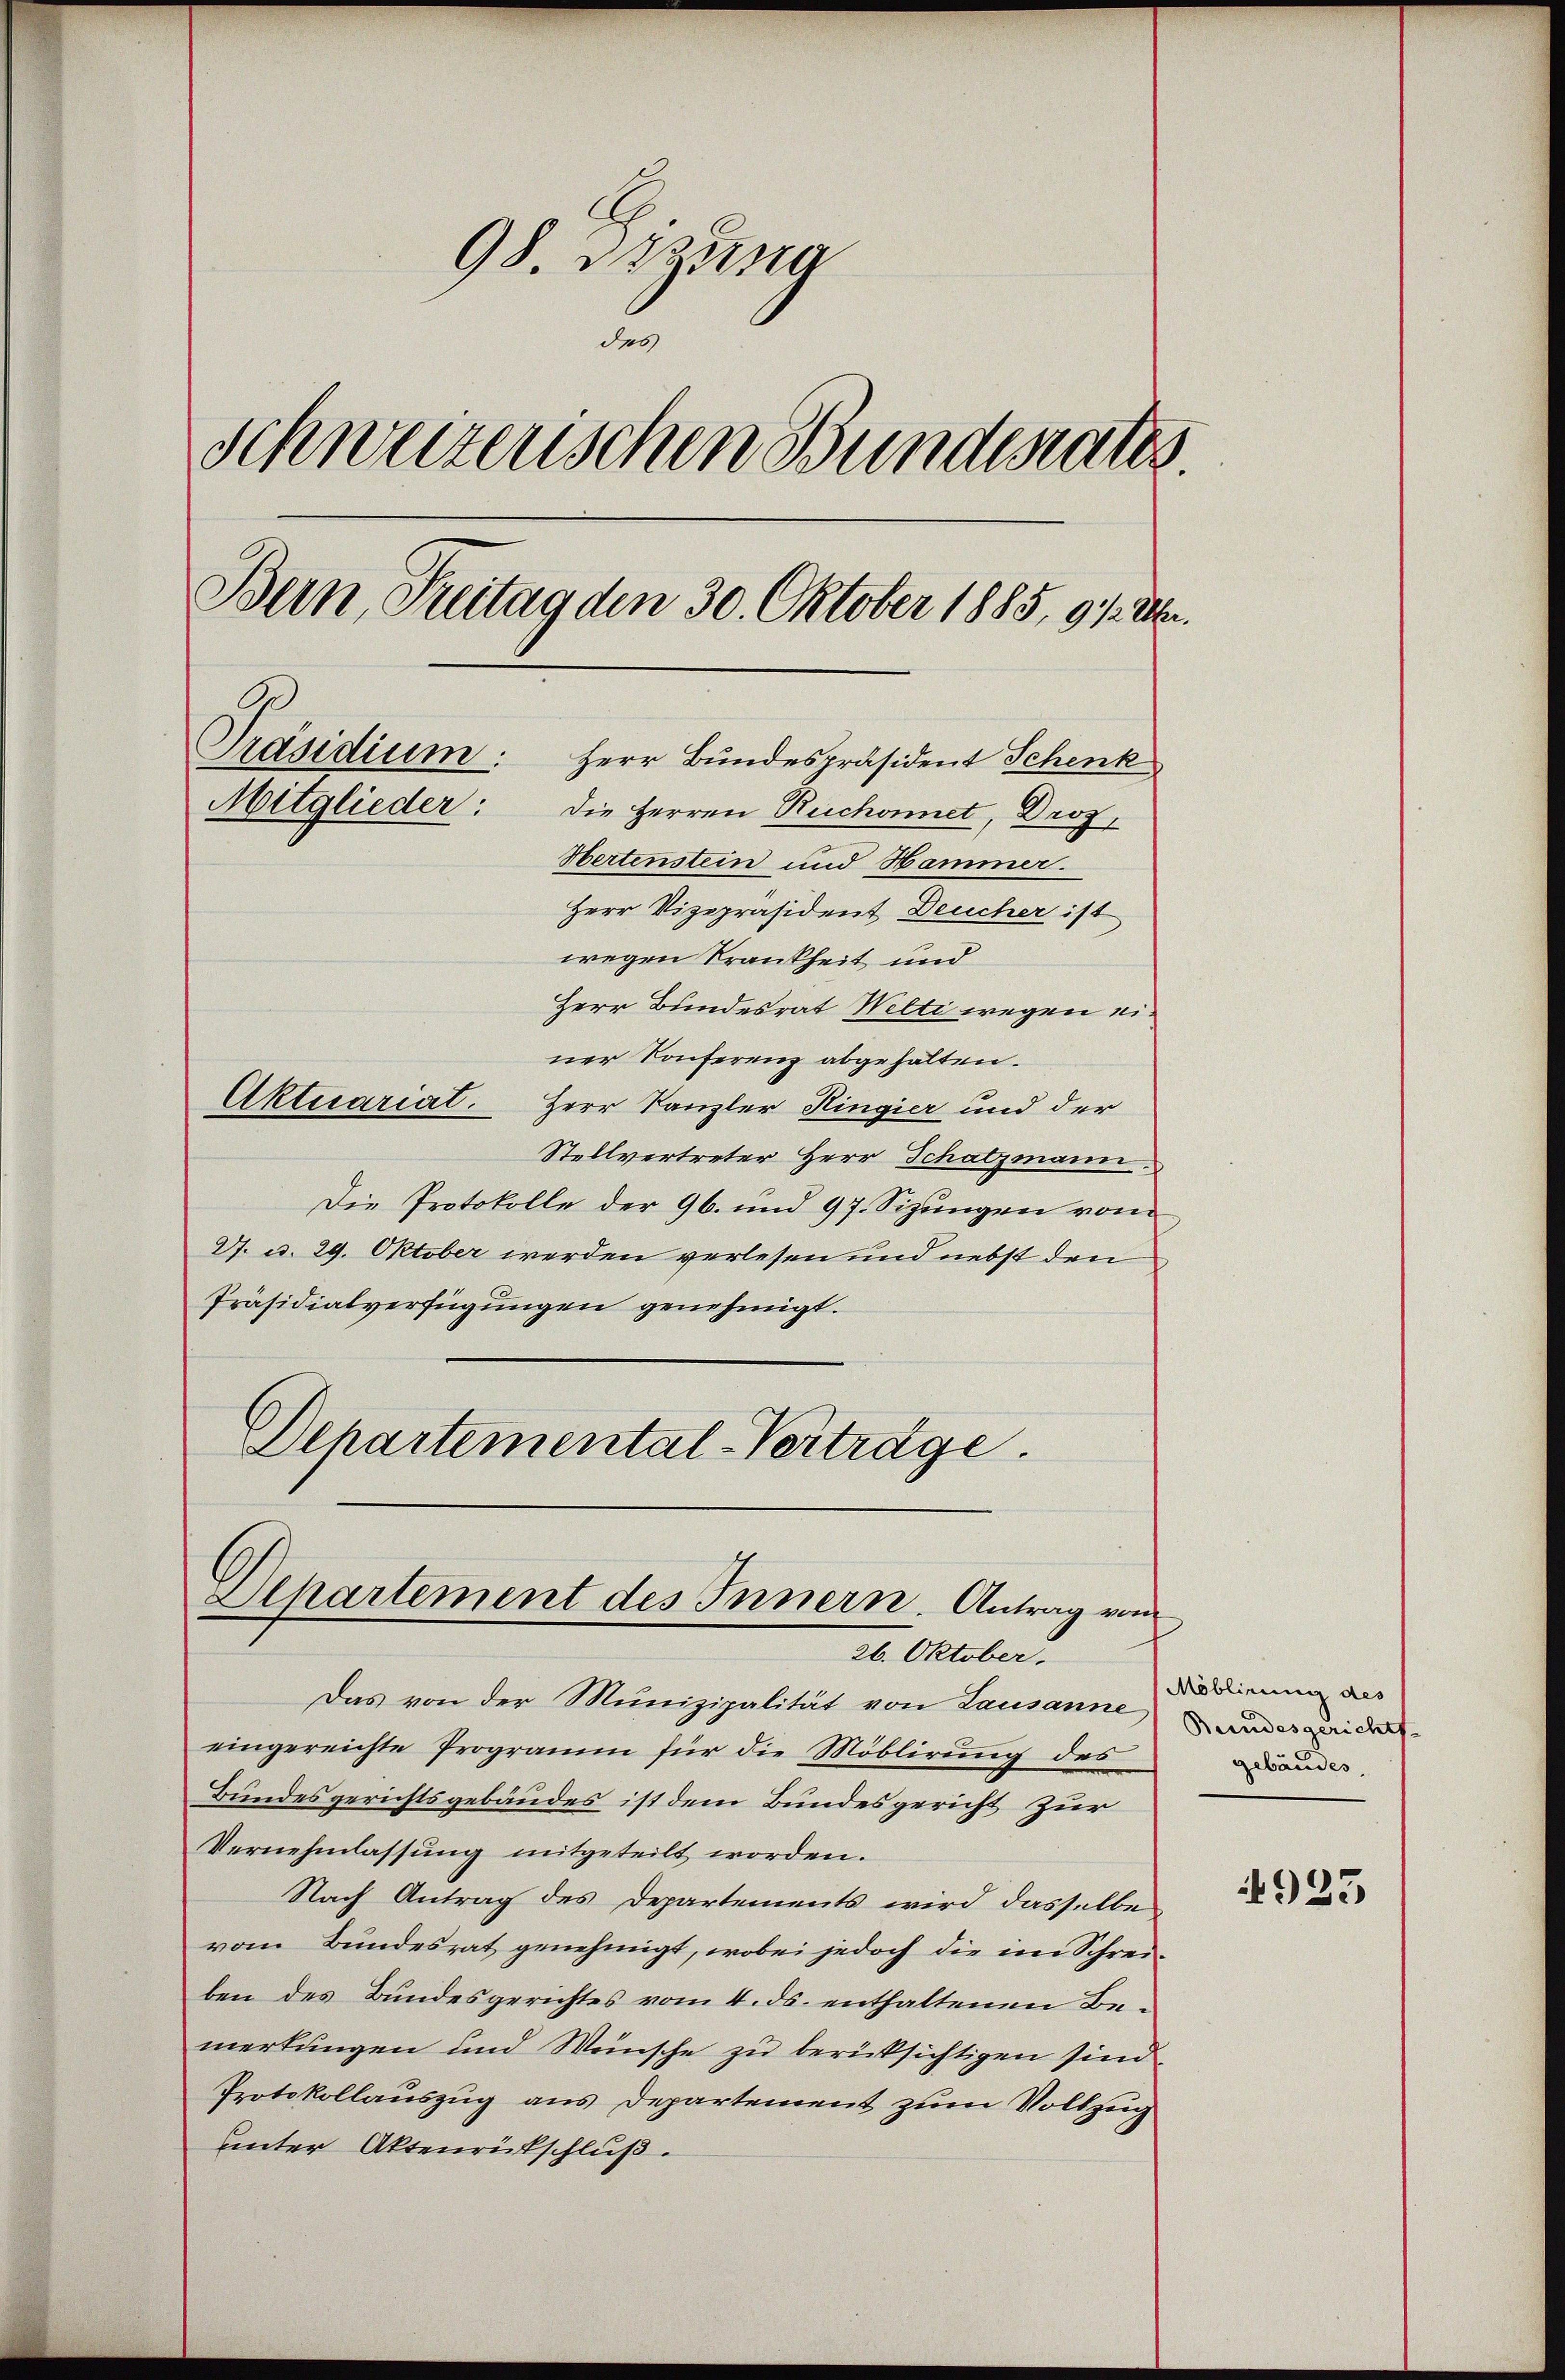
98. Demna
des
Schweizerischen Bundesrates
Bern, Freitag den 30. Oktober 1885, 91. Uhr.
Präsidium: Herr Bundespräsident Schenk
Mitglieder: die Herren Reichonnet, Droz
Hertenstein und Hammer.
Herr Vizepräsident Deucher ist
wegen Krankheit und
Herr Bundesrat Welti wegen einer Konferenz abgehalten.
Aktuariat. Herr Kanzler Hingier und der

Stellvertreter Herr Schatzmann.
Die Protokolle der 96. und 97. Sizungen von
4. d. 29. Oktober werden verlesen und nebst den
Präsidialverfügungen genehmigt.
Dehartemental-Verträge.

Alhartement des Innern. Antrag vom
26. Oktober

Das von der Munizipalität von Lausanne
eingereichte Programm für die Möblirŭng des
Bundesgerichtsgebäudes ist dem Bundesgericht zur
Vernehmlassung mitgeteilt worden.
Nach Antrag des Departements wird dasselbe
vom Bundesrat genehmigt, wobei jedoch die im Schreiben des Bundesgerichtes vom 4. ds. enthaltenen Bemerkungen und Wünsche zu berücksichtigen sind.
Protokollauszug aus Departement zum Vollzug
unter Aktenrückschluß.

Möblirung des
Bundesgerichts-
gebäudes,

4923